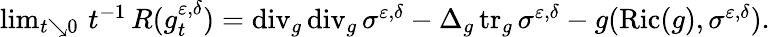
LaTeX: \begin{array}{r}{\operatorname*{lim}_{t\searrow 0}\, t^{-1}\, R(g_{t}^{\varepsilon,\delta})=\operatorname{div}_{g}\operatorname{div}_{g}\sigma^{\varepsilon,\delta}-\Delta_{g}\operatorname{tr}_{g}\sigma^{\varepsilon,\delta}-g(\operatorname{Ric}(g),\sigma^{\varepsilon,\delta}).}\end{array}